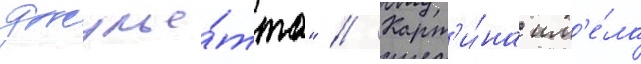
джулье́тта" // Карт'и́на им'е́ла